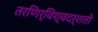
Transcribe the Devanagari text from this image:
तरणिर्विश्वदर्शतो